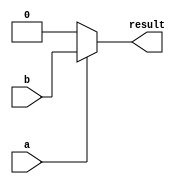
module conditional_assignment(
    input wire a,           // Input signal a
    input wire b,           // Input signal b
    output wire result      // Output signal
);

// Continuous assignment using the ternary operator
assign result = (a == 1'b1) ? b : 1'b0;  // If a is true, assign b to result; otherwise, assign 0

endmodule